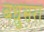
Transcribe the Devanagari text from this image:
बधुसरा